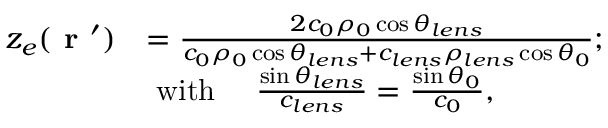
\begin{array} { r l } { z _ { e } ( \textbf { r } ^ { \prime } ) } & { = \frac { 2 c _ { 0 } \rho _ { 0 } \cos \theta _ { l e n s } } { c _ { 0 } \rho _ { 0 } \cos \theta _ { l e n s } + c _ { l e n s } \rho _ { l e n s } \cos \theta _ { 0 } } ; } \\ & { \mathrm { ~ w i t h ~ } \quad \frac { \sin \theta _ { l e n s } } { c _ { l e n s } } = \frac { \sin \theta _ { 0 } } { c _ { 0 } } , } \end{array}